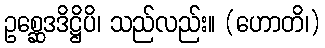
ဥစ္ဆေဒဒိဋ္ဌိပိ၊ သည်လည်း။ (ဟောတိ၊)